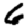
Digit: 6